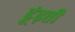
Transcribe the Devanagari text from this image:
ढूंढ़ती